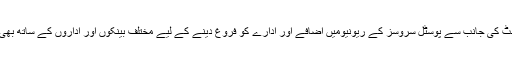
دوسری جانب پاکستان پوسٹ کی جانب سے پوسٹل سروسز کے ریونیومیں اضافے اور ادارے کو فروغ دینے کے لیے مختلف بینکوں اور اداروں کے ساتھ بھی معاہدے کیے جارہے ہیں۔